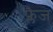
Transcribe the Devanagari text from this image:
फ्लैज